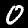
Digit: 0